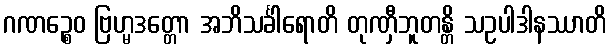
ဂဏဉ္စေဝ ဗြဟ္မဒတ္တော အဘိသင်္ခါရောတိ တုဏှီဘူတန္တိ သဥပါဒါနဿာတိ